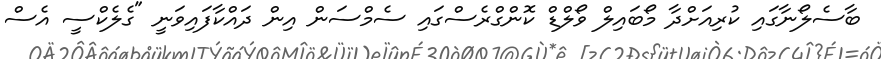
ބާސެލޯނާގައި ކުރިއަށްދާ މޯބައިލް ވޯލްޑް ކޮންގްރެސްގައި ސެމްސަން އިން ދައްކާފައިވަނީ "ގެލެކްސީ އެސް